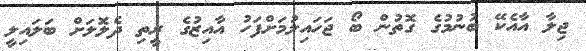
ޖިލާ އާއެކޭ ބުނުމުގެ ގޮތުން ބޯ ޖަހައިލުމަށްފަހު އާއިޒުގެ ރީތި ދެލޮލަށް ބަލައިލީ